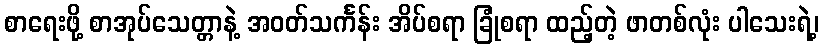
စာရေးဖို့ စာအုပ်သေတ္တာနဲ့ အဝတ်သင်္ကန်း အိပ်စရာ ခြုံစရာ ထည့်တဲ့ ဖာတစ်လုံး ပါသေးရဲ့၊